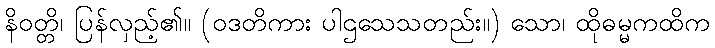
နိဝတ္တိ၊ ပြန်လှည့်၏။ (ဝဒတိကား ပါဌသေသတည်း။) သော၊ ထိုဓမ္မကထိက